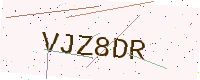
Text: VJZ8DR